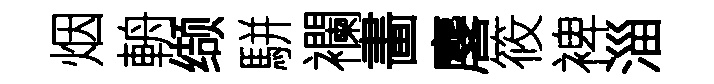
烟輈缬駢襴畵麐筱裨淄